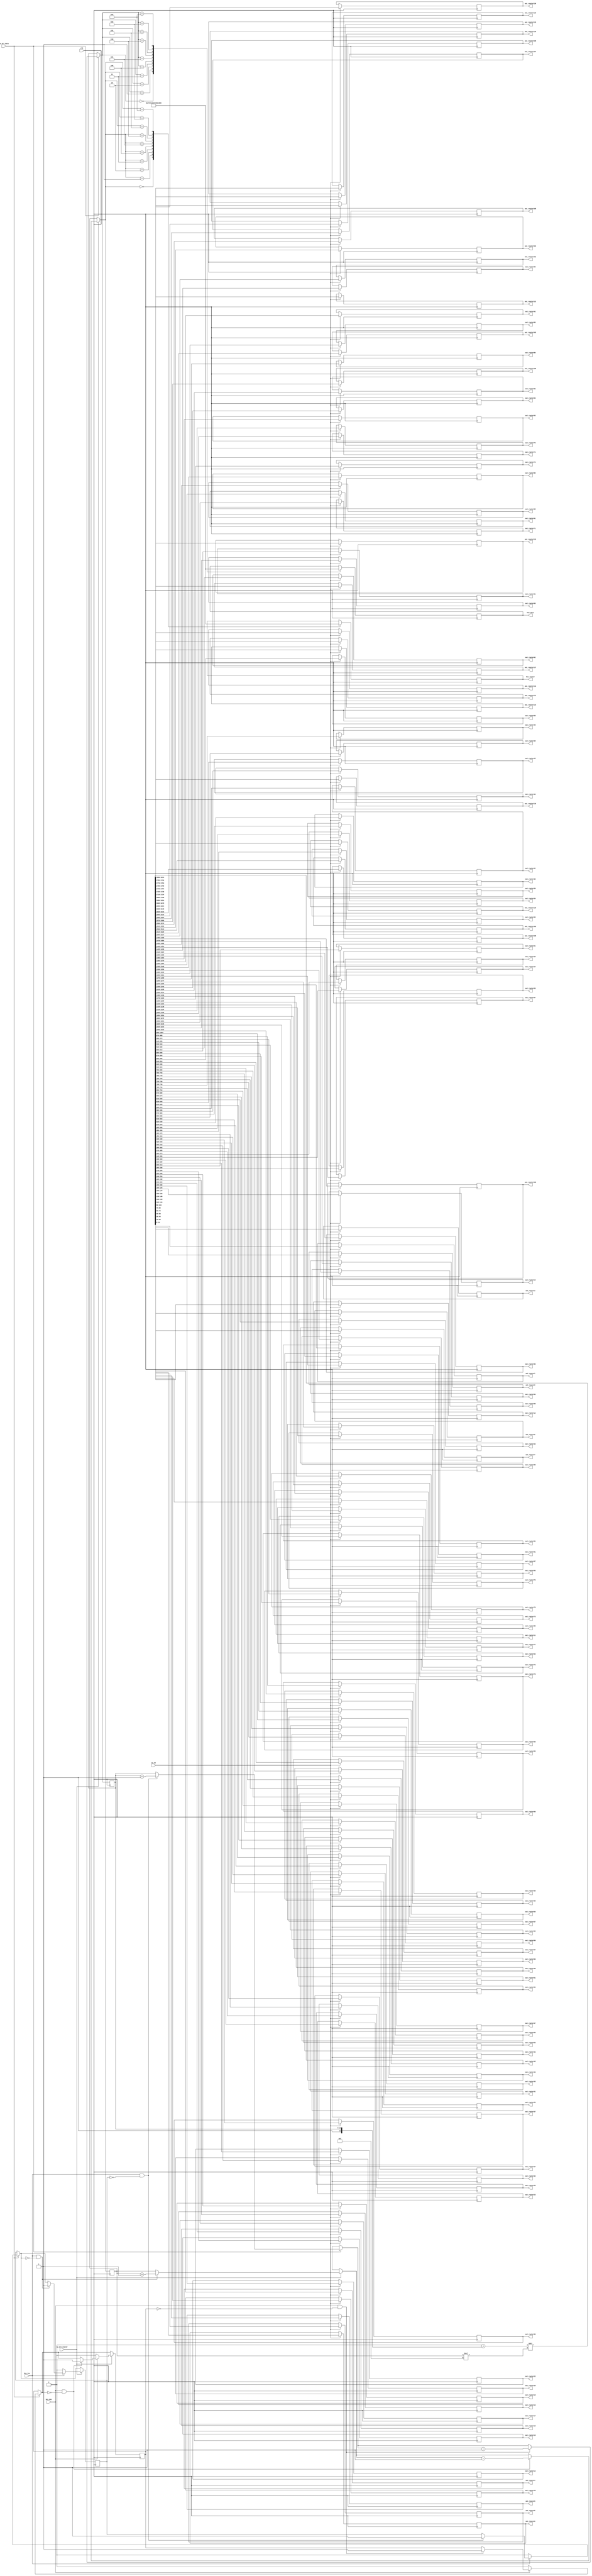
`define N 8		/*        */
`define N2 15   /*       - 1     K*2      (      )*/
`define K 7		//  1   N
`define BIT 7	//         ,  25   5

module select_data_121(
	clk,
	sw_on,			//       
	sw_sel_data,	//   
	sw_sel_router,	//       
	key_inc,			//   
	key_dec,			//   
	
	out_router1,	//     .
	out_router2,	//        
	out_router3,
	out_router4,
	out_router5,
	out_router6,
	out_router7,
	out_router8,
	out_router9,
	out_router10,
	out_router11,
	out_router12,
	out_router13,
	out_router14,
	out_router15,
	out_router16,
	out_router17,
	out_router18,
	out_router19,
	out_router20,
	out_router21,
	out_router22,
	out_router23,
	out_router24,
	out_router25,
	out_router26,
	out_router27,
	out_router28,
	out_router29,
	out_router30,
	out_router31,
	out_router32,
	out_router33,
	out_router34,
	out_router35,
	out_router36,
	out_router37,
	out_router38,
	out_router39,
	out_router40,
	out_router41,
	out_router42,
	out_router43,
	out_router44,
	out_router45,
	out_router46,
	out_router47,
	out_router48,
	out_router49,
	out_router50,
	out_router51,
	out_router52,
	out_router53,
	out_router54,
	out_router55,
	out_router56,
	out_router57,
	out_router58,
	out_router59,
	out_router60,
	out_router61,
	out_router62,
	out_router63,
	out_router64,
	out_router65,
	out_router66,
	out_router67,
	out_router68,
	out_router69,
	out_router70,
	out_router71,
	out_router72,
	out_router73,
	out_router74,
	out_router75,
	out_router76,
	out_router77,
	out_router78,
	out_router79,
	out_router80,
	out_router81,
	out_router82,
	out_router83,
	out_router84,
	out_router85,
	out_router86,
	out_router87,
	out_router88,
	out_router89,
	out_router90,
	out_router91,
	out_router92,
	out_router93,
	out_router94,
	out_router95,
	out_router96,
	out_router97,
	out_router98,
	out_router99,
	out_router100,
	out_router101,
	out_router102,
	out_router103,
	out_router104,
	out_router105,
	out_router106,
	out_router107,
	out_router108,
	out_router109,
	out_router110,
	out_router111,
	out_router112,
	out_router113,
	out_router114,
	out_router115,
	out_router116,
	out_router117,
	out_router118,
	out_router119,
	out_router120,
	out_router121,
	
	
	hex_data,
	hex_router
	
);
	input clk;
	input sw_on;
	input sw_sel_data;
	input sw_sel_router;
	input key_inc;
	input key_dec;
	
	output reg[`N2-1:0] out_router1;
	output reg[`N2-1:0] out_router2;
	output reg[`N2-1:0] out_router3;
	output reg[`N2-1:0] out_router4;
	output reg[`N2-1:0] out_router5;
	output reg[`N2-1:0] out_router6;
	output reg[`N2-1:0] out_router7;
	output reg[`N2-1:0] out_router8;
	output reg[`N2-1:0] out_router9;
	output reg[`N2-1:0] out_router10;
	output reg[`N2-1:0] out_router11;
	output reg[`N2-1:0] out_router12;
	output reg[`N2-1:0] out_router13;
	output reg[`N2-1:0] out_router14;
	output reg[`N2-1:0] out_router15;
	output reg[`N2-1:0] out_router16;
	output reg[`N2-1:0] out_router17;
	output reg[`N2-1:0] out_router18;
	output reg[`N2-1:0] out_router19;
	output reg[`N2-1:0] out_router20;
	output reg[`N2-1:0] out_router21;
	output reg[`N2-1:0] out_router22;
	output reg[`N2-1:0] out_router23;
	output reg[`N2-1:0] out_router24;
	output reg[`N2-1:0] out_router25;
	output reg[`N2-1:0] out_router26;
	output reg[`N2-1:0] out_router27;
	output reg[`N2-1:0] out_router28;
	output reg[`N2-1:0] out_router29;
	output reg[`N2-1:0] out_router30;
	output reg[`N2-1:0] out_router31;
	output reg[`N2-1:0] out_router32;
	output reg[`N2-1:0] out_router33;
	output reg[`N2-1:0] out_router34;
	output reg[`N2-1:0] out_router35;
	output reg[`N2-1:0] out_router36;
	output reg[`N2-1:0] out_router37;
	output reg[`N2-1:0] out_router38;
	output reg[`N2-1:0] out_router39;
	output reg[`N2-1:0] out_router40;
	output reg[`N2-1:0] out_router41;
	output reg[`N2-1:0] out_router42;
	output reg[`N2-1:0] out_router43;
	output reg[`N2-1:0] out_router44;
	output reg[`N2-1:0] out_router45;
	output reg[`N2-1:0] out_router46;
	output reg[`N2-1:0] out_router47;
	output reg[`N2-1:0] out_router48;
	output reg[`N2-1:0] out_router49;
	output reg[`N2-1:0] out_router50;
	output reg[`N2-1:0] out_router51;
	output reg[`N2-1:0] out_router52;
	output reg[`N2-1:0] out_router53;
	output reg[`N2-1:0] out_router54;
	output reg[`N2-1:0] out_router55;
	output reg[`N2-1:0] out_router56;
	output reg[`N2-1:0] out_router57;
	output reg[`N2-1:0] out_router58;
	output reg[`N2-1:0] out_router59;
	output reg[`N2-1:0] out_router60;
	output reg[`N2-1:0] out_router61;
	output reg[`N2-1:0] out_router62;
	output reg[`N2-1:0] out_router63;
	output reg[`N2-1:0] out_router64;
	output reg[`N2-1:0] out_router65;
	output reg[`N2-1:0] out_router66;
	output reg[`N2-1:0] out_router67;
	output reg[`N2-1:0] out_router68;
	output reg[`N2-1:0] out_router69;
	output reg[`N2-1:0] out_router70;
	output reg[`N2-1:0] out_router71;
	output reg[`N2-1:0] out_router72;
	output reg[`N2-1:0] out_router73;
	output reg[`N2-1:0] out_router74;
	output reg[`N2-1:0] out_router75;
	output reg[`N2-1:0] out_router76;
	output reg[`N2-1:0] out_router77;
	output reg[`N2-1:0] out_router78;
	output reg[`N2-1:0] out_router79;
	output reg[`N2-1:0] out_router80;
	output reg[`N2-1:0] out_router81;
	output reg[`N2 - 1:0] out_router82;
	output reg[`N2 - 1:0] out_router83;
	output reg[`N2 - 1:0] out_router84;
	output reg[`N2 - 1:0] out_router85;
	output reg[`N2 - 1:0] out_router86;
	output reg[`N2 - 1:0] out_router87;
	output reg[`N2 - 1:0] out_router88;
	output reg[`N2 - 1:0] out_router89;
	output reg[`N2 - 1:0] out_router90;
	output reg[`N2 - 1:0] out_router91;
	output reg[`N2 - 1:0] out_router92;
	output reg[`N2 - 1:0] out_router93;
	output reg[`N2 - 1:0] out_router94;
	output reg[`N2 - 1:0] out_router95;
	output reg[`N2 - 1:0] out_router96;
	output reg[`N2 - 1:0] out_router97;
	output reg[`N2 - 1:0] out_router98;
	output reg[`N2 - 1:0] out_router99;
	output reg[`N2 - 1:0] out_router100;
	output reg[`N2 - 1:0] out_router101;
	output reg[`N2 - 1:0] out_router102;
	output reg[`N2 - 1:0] out_router103;
	output reg[`N2 - 1:0] out_router104;
	output reg[`N2 - 1:0] out_router105;
	output reg[`N2 - 1:0] out_router106;
	output reg[`N2 - 1:0] out_router107;
	output reg[`N2 - 1:0] out_router108;
	output reg[`N2 - 1:0] out_router109;
	output reg[`N2 - 1:0] out_router110;
	output reg[`N2 - 1:0] out_router111;
	output reg[`N2 - 1:0] out_router112;
	output reg[`N2 - 1:0] out_router113;
	output reg[`N2 - 1:0] out_router114;
	output reg[`N2 - 1:0] out_router115;
	output reg[`N2 - 1:0] out_router116;
	output reg[`N2 - 1:0] out_router117;
	output reg[`N2 - 1:0] out_router118;
	output reg[`N2 - 1:0] out_router119;
	output reg[`N2 - 1:0] out_router120;
	output reg[`N2 - 1:0] out_router121;
	
	output reg[6:0] hex_data;
	output reg[6:0] hex_router;
	
	reg[`N2-2:0] data = `K'b00000;
	reg[`N2-2:0] router = `BIT'b00000;
	reg flag_key_inc = 1'b0;
	reg flag_key_dec = 1'b0;
	
	reg[1814:0] out_to_router;  //    N*  
	
	always@(posedge clk)
	begin
		if(sw_on == 1'b1)
		begin
			out_to_router = (1815'b0 + {1'b1, data}) << router*`N2;
			
			out_router1 = out_to_router[14:0];
out_router2 = out_to_router[29:15];
out_router3 = out_to_router[44:30];
out_router4 = out_to_router[59:45];
out_router5 = out_to_router[74:60];
out_router6 = out_to_router[89:75];
out_router7 = out_to_router[104:90];
out_router8 = out_to_router[119:105];
out_router9 = out_to_router[134:120];
out_router10 = out_to_router[149:135];
out_router11 = out_to_router[164:150];
out_router12 = out_to_router[179:165];
out_router13 = out_to_router[194:180];
out_router14 = out_to_router[209:195];
out_router15 = out_to_router[224:210];
out_router16 = out_to_router[239:225];
out_router17 = out_to_router[254:240];
out_router18 = out_to_router[269:255];
out_router19 = out_to_router[284:270];
out_router20 = out_to_router[299:285];
out_router21 = out_to_router[314:300];
out_router22 = out_to_router[329:315];
out_router23 = out_to_router[344:330];
out_router24 = out_to_router[359:345];
out_router25 = out_to_router[374:360];
out_router26 = out_to_router[389:375];
out_router27 = out_to_router[404:390];
out_router28 = out_to_router[419:405];
out_router29 = out_to_router[434:420];
out_router30 = out_to_router[449:435];
out_router31 = out_to_router[464:450];
out_router32 = out_to_router[479:465];
out_router33 = out_to_router[494:480];
out_router34 = out_to_router[509:495];
out_router35 = out_to_router[524:510];
out_router36 = out_to_router[539:525];
out_router37 = out_to_router[554:540];
out_router38 = out_to_router[569:555];
out_router39 = out_to_router[584:570];
out_router40 = out_to_router[599:585];
out_router41 = out_to_router[614:600];
out_router42 = out_to_router[629:615];
out_router43 = out_to_router[644:630];
out_router44 = out_to_router[659:645];
out_router45 = out_to_router[674:660];
out_router46 = out_to_router[689:675];
out_router47 = out_to_router[704:690];
out_router48 = out_to_router[719:705];
out_router49 = out_to_router[734:720];
out_router50 = out_to_router[749:735];
out_router51 = out_to_router[764:750];
out_router52 = out_to_router[779:765];
out_router53 = out_to_router[794:780];
out_router54 = out_to_router[809:795];
out_router55 = out_to_router[824:810];
out_router56 = out_to_router[839:825];
out_router57 = out_to_router[854:840];
out_router58 = out_to_router[869:855];
out_router59 = out_to_router[884:870];
out_router60 = out_to_router[899:885];
out_router61 = out_to_router[914:900];
out_router62 = out_to_router[929:915];
out_router63 = out_to_router[944:930];
out_router64 = out_to_router[959:945];
out_router65 = out_to_router[974:960];
out_router66 = out_to_router[989:975];
out_router67 = out_to_router[1004:990];
out_router68 = out_to_router[1019:1005];
out_router69 = out_to_router[1034:1020];
out_router70 = out_to_router[1049:1035];
out_router71 = out_to_router[1064:1050];
out_router72 = out_to_router[1079:1065];
out_router73 = out_to_router[1094:1080];
out_router74 = out_to_router[1109:1095];
out_router75 = out_to_router[1124:1110];
out_router76 = out_to_router[1139:1125];
out_router77 = out_to_router[1154:1140];
out_router78 = out_to_router[1169:1155];
out_router79 = out_to_router[1184:1170];
out_router80 = out_to_router[1199:1185];
out_router81 = out_to_router[1214:1200];
out_router82 = out_to_router[1229:1215];
			out_router83 = out_to_router[1244:1230];
			out_router84 = out_to_router[1259:1245];
			out_router85 = out_to_router[1274:1260];
			out_router86 = out_to_router[1289:1275];
			out_router87 = out_to_router[1304:1290];
			out_router88 = out_to_router[1319:1305];
			out_router89 = out_to_router[1334:1320];
			out_router90 = out_to_router[1349:1335];
			out_router91 = out_to_router[1364:1350];
			out_router92 = out_to_router[1379:1365];
			out_router93 = out_to_router[1394:1380];
			out_router94 = out_to_router[1409:1395];
			out_router95 = out_to_router[1424:1410];
			out_router96 = out_to_router[1439:1425];
			out_router97 = out_to_router[1454:1440];
			out_router98 = out_to_router[1469:1455];
			out_router99 = out_to_router[1484:1470];
			out_router100 = out_to_router[1499:1485];
			out_router101 = out_to_router[1514:1500];
			out_router102 = out_to_router[1529:1515];
			out_router103 = out_to_router[1544:1530];
			out_router104 = out_to_router[1559:1545];
			out_router105 = out_to_router[1574:1560];
			out_router106 = out_to_router[1589:1575];
			out_router107 = out_to_router[1604:1590];
			out_router108 = out_to_router[1619:1605];
			out_router109 = out_to_router[1634:1620];
			out_router110 = out_to_router[1649:1635];
			out_router111 = out_to_router[1664:1650];
			out_router112 = out_to_router[1679:1665];
			out_router113 = out_to_router[1694:1680];
			out_router114 = out_to_router[1709:1695];
			out_router115 = out_to_router[1724:1710];
			out_router116 = out_to_router[1739:1725];
			out_router117 = out_to_router[1754:1740];
			out_router118 = out_to_router[1769:1755];
			out_router119 = out_to_router[1784:1770];
			out_router120 = out_to_router[1799:1785];
			out_router121 = out_to_router[1814:1800];


		end
		else
		begin
			out_to_router = 1815'b0;
		end
		
		if(sw_sel_data == 1'b1)
		begin
			if(key_inc == 1'b1 && flag_key_inc == 1'b0)
			begin
				data = data + 1'b1;
				flag_key_inc = 1'b1;
			end
			if(key_inc == 1'b0)
			begin
				flag_key_inc = 1'b0;
			end
			if(key_dec == 1'b1 && flag_key_dec == 1'b0)
			begin
				data = data - 1'b1;
				flag_key_dec = 1'b1;
			end
			if(key_dec == 1'b0)
			begin
				flag_key_dec = 1'b0;
			end
		end
		
		if(sw_sel_router == 1'b1)
		begin
			if(key_inc == 1'b1 && flag_key_inc == 1'b0)
			begin
				router = router + 1'b1;
				flag_key_inc = 1'b1;
			end
			if(key_inc == 1'b0)
			begin
				flag_key_inc = 1'b0;
			end
			if(key_dec == 1'b1 && flag_key_dec == 1'b0)
			begin
				router = router - 1'b1;
				flag_key_dec = 1'b1;
			end
			if(key_dec == 1'b0)
			begin
				flag_key_dec = 1'b0;
			end
		end

//================================================================================
//================================================================================
		case(data)
			5'b00000:
				hex_data = ~7'b1111110;		//0
			5'b00001:
				hex_data = ~7'b0110000;		//1
			5'b00010:
				hex_data = ~7'b1101101;		//2
			5'b00011:
				hex_data = ~7'b1111001;		//3
			5'b00100:
				hex_data = ~7'b0110011;		//4
			5'b00101:
				hex_data = ~7'b1011011;		//5
			5'b00110:
				hex_data = ~7'b1011111;		//6
			5'b00111:
				hex_data = ~7'b1110000;		//7
			5'b01000:
				hex_data = ~7'b1111111;		//8
			5'b01001:
				hex_data = ~7'b1111011;		//9
		endcase
		
		case(router)
			5'b00000:
				hex_router = ~7'b1111110;	//0
			5'b00001:
				hex_router = ~7'b0110000;	//1
			5'b00010:
				hex_router = ~7'b1101101;	//2
			5'b00011:
				hex_router = ~7'b1111001;	//3
			5'b00100:
				hex_router = ~7'b0110011;	//4
			5'b00101:
				hex_router = ~7'b1011011;	//5
			5'b00110:
				hex_router = ~7'b1011111;	//6
			5'b00111:
				hex_router = ~7'b1110000;	//7
			5'b01000:
				hex_router = ~7'b1111111;	//8
			5'b01001:
				hex_router = ~7'b1111011;	//9
		endcase
	end
	
endmodule